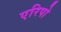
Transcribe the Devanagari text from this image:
एरिपो